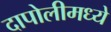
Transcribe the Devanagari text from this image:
दापोलीमध्ये